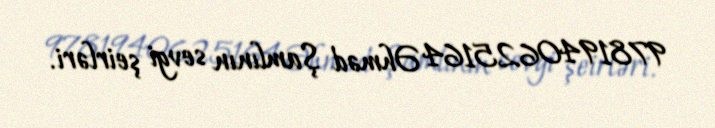
9781940625164 Əhməd Şamlının sevgi şeirləri.